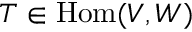
T \in \mathrm { H o m } ( V , W )